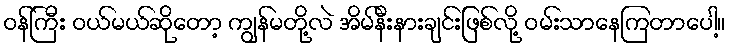
ဝန်ကြီး ဝယ်မယ်ဆိုတော့ ကျွန်မတို့လဲ အိမ်နီးနားချင်းဖြစ်လို့ ဝမ်းသာနေကြတာပေါ့။